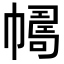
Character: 𢅂